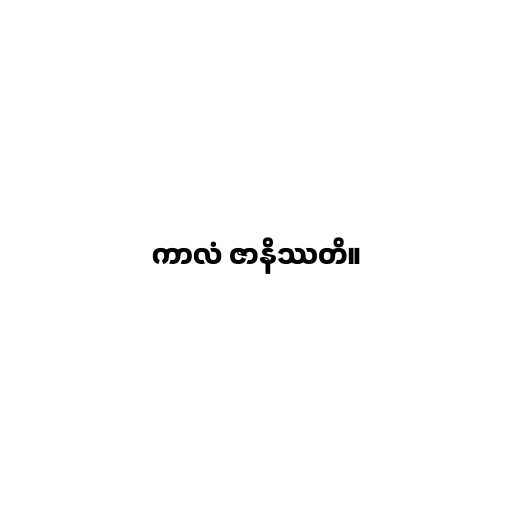
ကာလံ ဇာနိဿတိ။